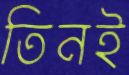
তিনই